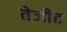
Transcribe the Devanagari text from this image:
तेजीत